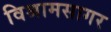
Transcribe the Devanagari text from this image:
विश्रामसागर